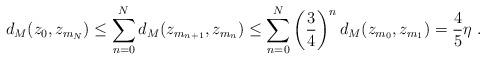
LaTeX: \begin{align*}d_M(z_0,z_{m_{N}})\leq \sum_{n=0}^{N} d_M(z_{m_{n+1}},z_{m_n})\leq \sum_{n=0}^{N} \left(\frac{3}{4}\right)^n d_M(z_{m_0},z_{m_1})=\frac{4}{5}\eta \ .\end{align*}